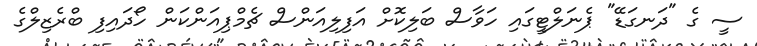
ސީ ގެ "ދަނގަޑޭ" ޕެނަލްޓީގައި ހަވާސް ބަލިކޮށް އަފިލިއަންސް ޗެމްޕިއަންކަން ހޯދައިފި ބްރެޒިލްގެ